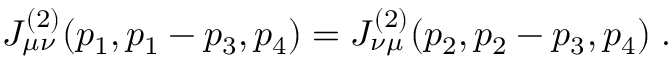
J _ { \mu \nu } ^ { ( 2 ) } ( p _ { 1 } , p _ { 1 } - p _ { 3 } , p _ { 4 } ) = J _ { \nu \mu } ^ { ( 2 ) } ( p _ { 2 } , p _ { 2 } - p _ { 3 } , p _ { 4 } ) \; .